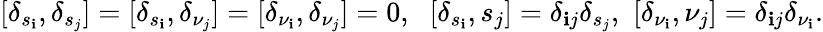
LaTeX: [\delta_{s_{\mathbf{i}}},\delta_{s_{j}}]=[\delta_{s_{\mathbf{i}}},\delta_{\nu_{j}}]=[\delta_{\nu_{\mathbf{i}}},\delta_{\nu_{j}}]=0,\, \, \ [\delta_{s_{\mathbf{i}}},s_{j}]=\delta_{\mathbf{i}j}\delta_{s_{j}},\, \, [\delta_{\nu_{\mathbf{i}}},\nu_{j}]=\delta_{\mathbf{i}j}\delta_{\nu_{\mathbf{i}}}.